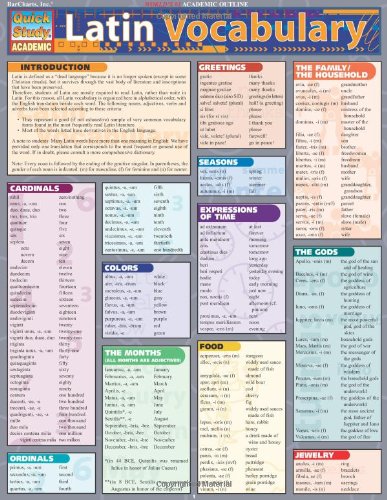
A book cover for Latin Vocabulary (Quickstudy: Academic); Inc. BarCharts; Reference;